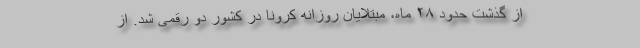
از گذشت حدود ۲۸ ماه، مبتلایان روزانه کرونا در کشور دو رقمی شد. از